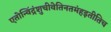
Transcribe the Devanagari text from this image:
एतोन्विंद्रंशुचीवेतिनतमंहइतीतिच